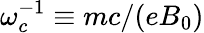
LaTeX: \omega_{c}^{-1}\equiv mc/(eB_{0})